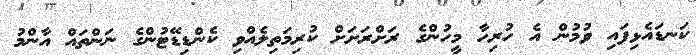
ކަނޑައެޅިފައި ވުމުން އެ ހުރިހާ މީހުންގެ ރަށްރަށަށް ކުރިމަތިލެއްވި ކެންޑިޑޭޓުންގެ ނަންތައް އާންމު